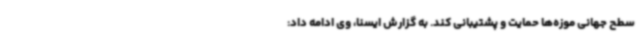
سطح جهانی موزه‌ها حمایت و پشتیبانی کند. به گزارش ایسنا، وی ادامه داد: